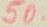
50